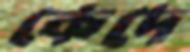
কেদে